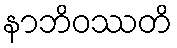
နာဘိဝဿတိ